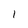
Character: I